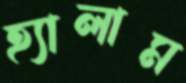
হ্যালাম